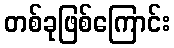
တစ်ခုဖြစ်ကြောင်း